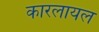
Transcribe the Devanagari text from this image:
कारलायल